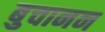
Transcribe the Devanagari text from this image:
बुचानन